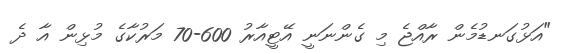
"އަޅުގަނޑުމެން ރާއްޖެ މި ގެންނަނީ އޭޓީއާރު 600-70 މަރުކާގެ މުޅިން އާ ދެ